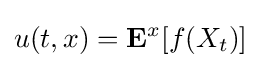
u(t,x)=\mathbf {E} ^{x}[f(X_{t})]